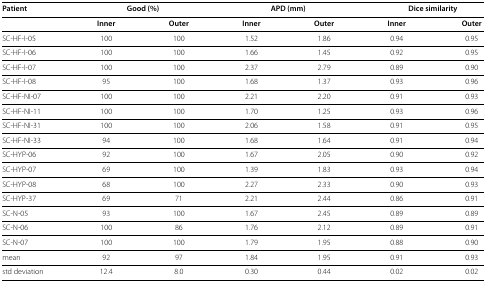
<table><thead><tr><td><b>Patient</b></td><td colspan="2"><b>Good (%)</b></td><td colspan="2"><b>APD (mm)</b></td><td colspan="2"><b>Dice similarity</b></td></tr></thead><tbody><tr><td> </td><td><b>Inner</b></td><td><b>Outer</b></td><td><b>Inner</b></td><td><b>Outer</b></td><td><b>Inner</b></td><td><b>Outer</b></td></tr><tr><td>SC-HF-I-05</td><td>100</td><td>100</td><td>1.52</td><td>1.86</td><td>0.94</td><td>0.95</td></tr><tr><td>SC-HF-I-06</td><td>100</td><td>100</td><td>1.66</td><td>1.45</td><td>0.92</td><td>0.95</td></tr><tr><td>SC-HF-I-07</td><td>100</td><td>100</td><td>2.37</td><td>2.79</td><td>0.89</td><td>0.90</td></tr><tr><td>SC-HF-I-08</td><td>95</td><td>100</td><td>1.68</td><td>1.37</td><td>0.93</td><td>0.96</td></tr><tr><td>SC-HF-NI-07</td><td>100</td><td>100</td><td>2.21</td><td>2.20</td><td>0.91</td><td>0.93</td></tr><tr><td>SC-HF-NI-11</td><td>100</td><td>100</td><td>1.70</td><td>1.25</td><td>0.93</td><td>0.96</td></tr><tr><td>SC-HF-NI-31</td><td>100</td><td>100</td><td>2.06</td><td>1.58</td><td>0.91</td><td>0.95</td></tr><tr><td>SC-HF-NI-33</td><td>94</td><td>100</td><td>1.68</td><td>1.64</td><td>0.91</td><td>0.94</td></tr><tr><td>SC-HYP-06</td><td>92</td><td>100</td><td>1.67</td><td>2.05</td><td>0.90</td><td>0.92</td></tr><tr><td>SC-HYP-07</td><td>69</td><td>100</td><td>1.39</td><td>1.83</td><td>0.93</td><td>0.94</td></tr><tr><td>SC-HYP-08</td><td>68</td><td>100</td><td>2.27</td><td>2.33</td><td>0.90</td><td>0.93</td></tr><tr><td>SC-HYP-37</td><td>69</td><td>71</td><td>2.21</td><td>2.44</td><td>0.86</td><td>0.91</td></tr><tr><td>SC-N-05</td><td>93</td><td>100</td><td>1.67</td><td>2.45</td><td>0.89</td><td>0.89</td></tr><tr><td>SC-N-06</td><td>100</td><td>86</td><td>1.76</td><td>2.12</td><td>0.89</td><td>0.91</td></tr><tr><td>SC-N-07</td><td>100</td><td>100</td><td>1.79</td><td>1.95</td><td>0.88</td><td>0.90</td></tr><tr><td>mean</td><td>92</td><td>97</td><td>1.84</td><td>1.95</td><td>0.91</td><td>0.93</td></tr><tr><td>std deviation</td><td>12.4</td><td>8.0</td><td>0.30</td><td>0.44</td><td>0.02</td><td>0.02</td></tr></tbody></table>